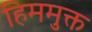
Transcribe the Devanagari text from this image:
हिममुक्त